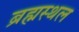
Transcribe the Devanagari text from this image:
ब्रह्मस्थल